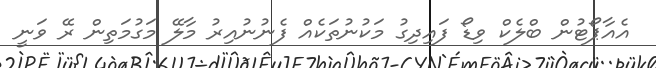
އެއާޕޯޓުން ބްލެކް ވިޑޯ ފައިދިގު މަކުނުތަކެއް ފެނުނުއިރު މާލޭ މަގުމަތިން ރޭ ވަނީ